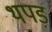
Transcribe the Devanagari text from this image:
थपड़